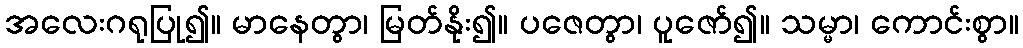
အလေးဂရုပြု၍။ မာနေတွာ၊ မြတ်နိုး၍။ ပဇေတွာ၊ ပူဇော်၍။ သမ္မာ၊ ကောင်းစွာ။